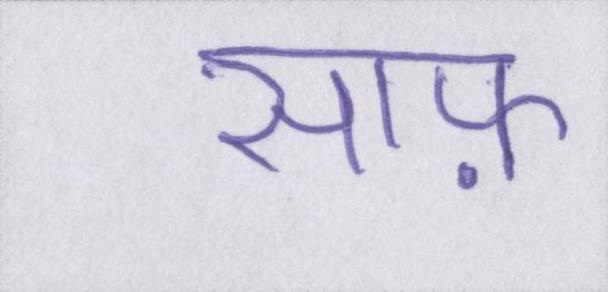
साफ़